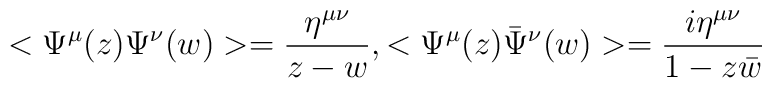
<\Psi^\mu(z)\Psi^\nu(w)>=\frac{\eta^{\mu\nu}}{z-w},<\Psi^\mu(z){\bar\Psi}^\nu(w)>=\frac{i\eta^{\mu\nu}}{1-z\bar w}